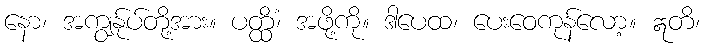
နော၊ အကျွန်ုပ်တို့အား။ ပတ္ထိံ၊ အဖို့ကို။ ဒါပေထ၊ ပေးဝေကုန်လော့။ ဣတိ၊